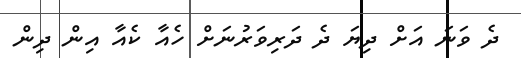
ދެ ވަނަ އަށް ދިޔަ ދެ ދަރިވަރުނަށް ހެއާ ކެއާ އިން ދިން